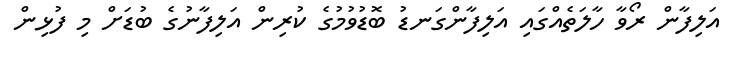
އަލިފާން ރޯވާ ހާލަތެއްގައި އަލިފާންގަނޑު ބޮޑުވުމުގެ ކުރިން އަލިފާނުގެ ބުޑަށް މި ފުޅިން